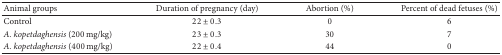
| Animal groups | Duration of pregnancy (day) | Abortion (%) | Percent of dead fetuses (%) |
 | --- | --- | --- | --- |
 | Control | 22 ± 0.3 | 0 | 6 |
 | A. kopetdaghensis (200 mg/kg) | 23 ± 0.3 | 30 | 7 |
 | A. kopetdaghensis (400 mg/kg) | 22 ± 0.4 | 44 | 0 |